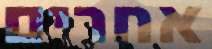
אחרים